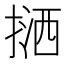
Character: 𢱛